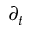
\partial _ { t }